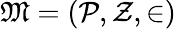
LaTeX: {\mathfrak{M}}=({\mathcal{P}},{\mathcal{Z}},\in)